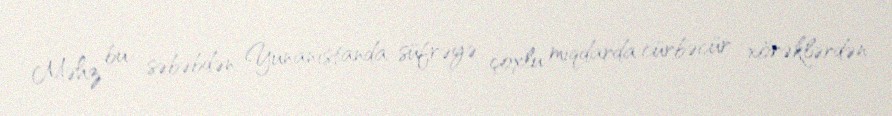
Məhz bu səbəbdən Yunanıstanda süfrəyə çoxlu miqdarda cürbəcür xörəklərdən